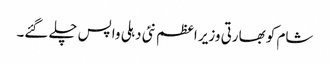
شام کو بھارتی وزیر اعظم نئی دہلی واپس چلے گئے۔